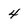
Character: 4